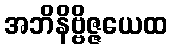
အဘိနိဗ္ဗိဇ္ဇယေထ